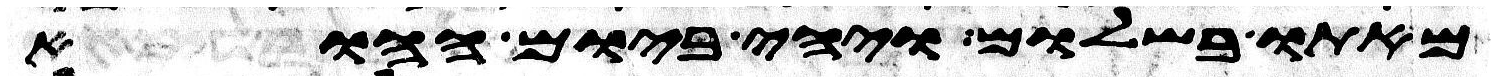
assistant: מאתו בשלום ויהי ביום ההוא